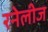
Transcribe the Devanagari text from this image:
रनेलीज